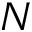
N